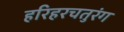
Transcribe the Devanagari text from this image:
हरिहरचतुरंग